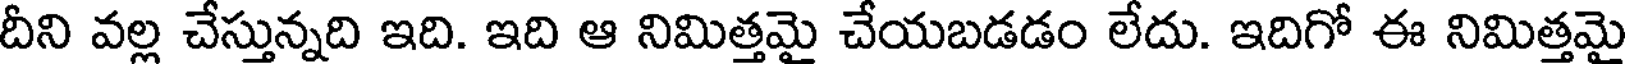
దీని వల్ల చేస్తున్నది ఇది. ఇది ఆ నిమిత్తమై చేయబడడం లేదు. ఇదిగో ఈ నిమిత్తమై